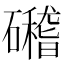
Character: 𥗎